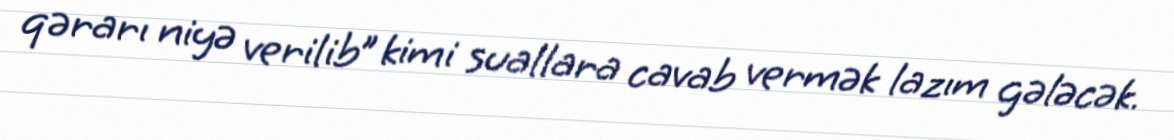
qərarı niyə verilib” kimi suallara cavab vermək lazım gələcək.